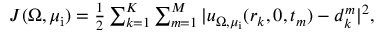
\begin{array} { r } { J ( \Omega , \mu _ { \mathrm { i } } ) = { \frac { 1 } { 2 } } \sum _ { k = 1 } ^ { K } \sum _ { m = 1 } ^ { M } | u _ { \Omega , \mu _ { \mathrm { i } } } ( r _ { k } , 0 , t _ { m } ) - d _ { k } ^ { m } | ^ { 2 } , } \end{array}